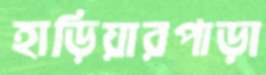
হাড়িয়ারপাড়া